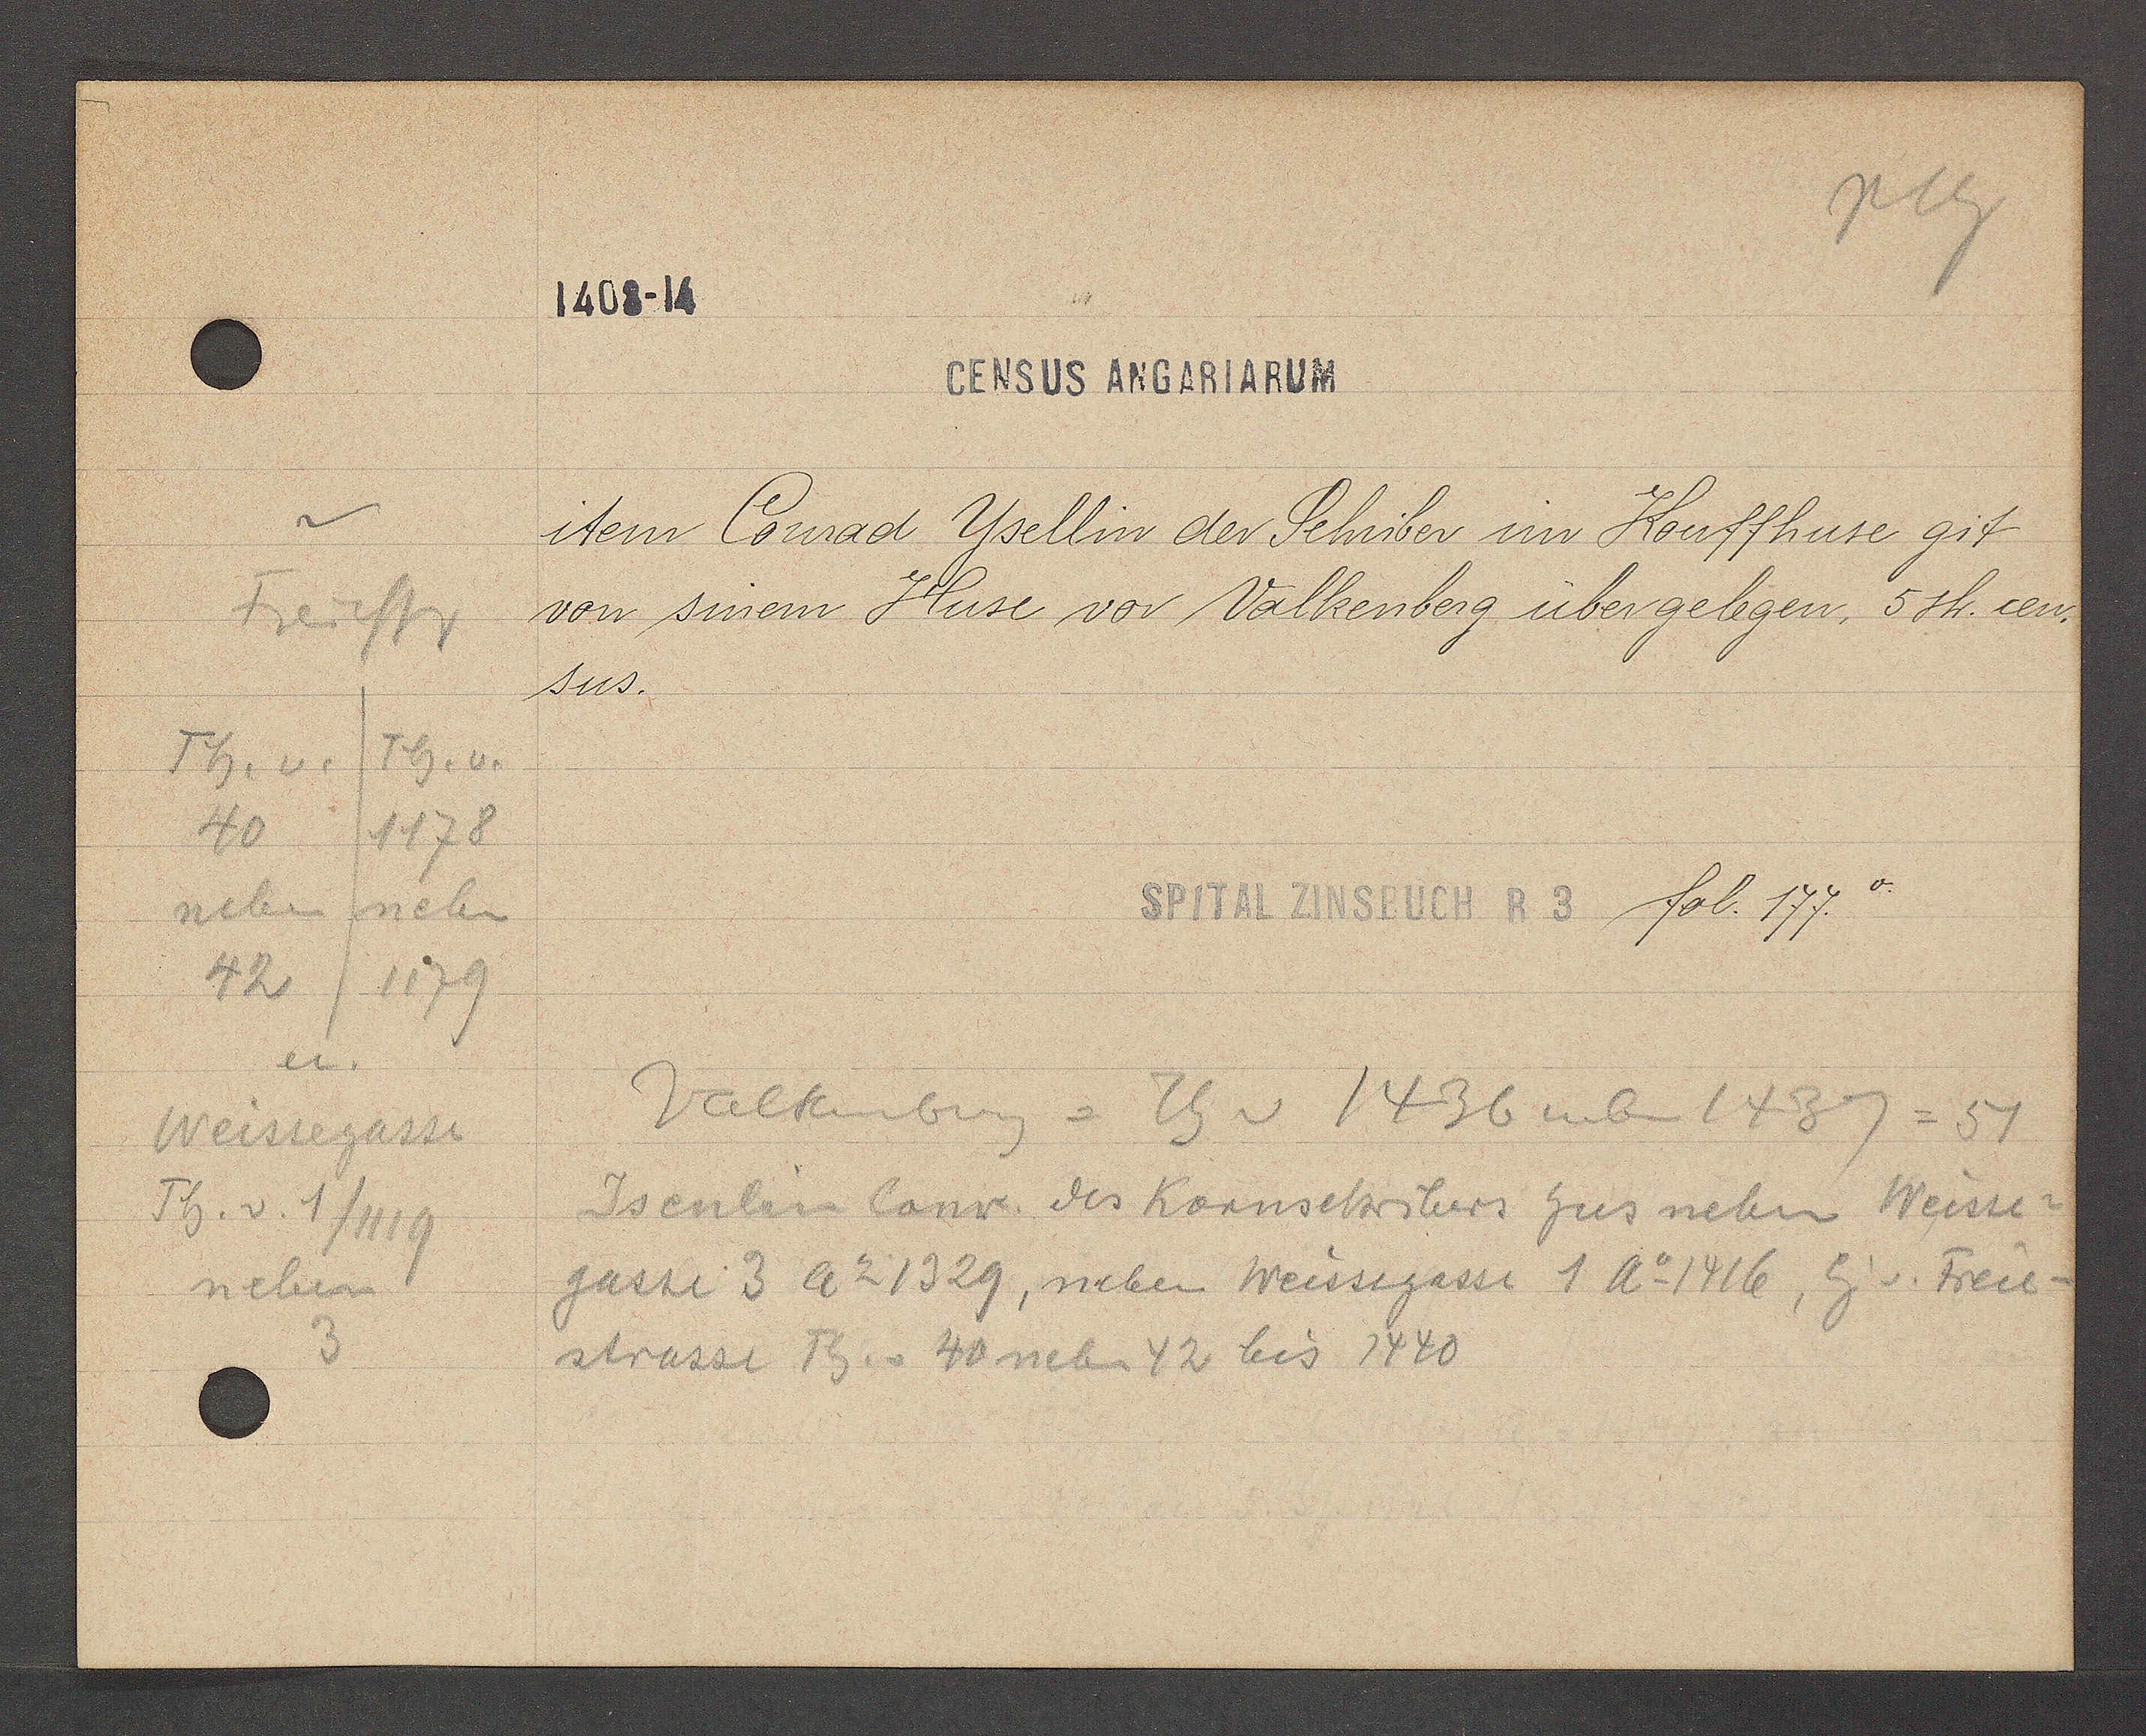
Transcript:
Freiestr
Th. v.
Th. v.
1178
40
neben
neben
42/1179
in.
Weissegasse
Th. v. 1/1119
neben
3

1408-14

CENSUS ANGARIARUM
item Conrad Ysellin der Schriber im Kouffhuse git
von sinem Huse vor Valkenberg über gelegen, 5 sh. cen.
sus.

Valtenberg = Th v 1436 neben 1437 = 51
Jsenlin Conr. des Kornschribers hus neben Weisse
gasse 3 Ao 1329, neben Weissegasse 1 Ao 1416, Eig v. Freie
strasse Th. v 40 neben 42 bis 1440

SPITAL ZINSBUCH R3 fol. 177.